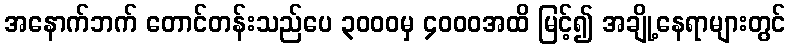
အနောက်ဘက် တောင်တန်းသည်ပေ ၃၀၀၀မှ ၄၀၀၀အထိ မြင့်၍ အချို့နေရာများတွင်